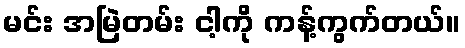
မင်း အမြဲတမ်း ငါ့ကို ကန့်ကွက်တယ်။